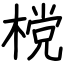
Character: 𣗋